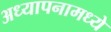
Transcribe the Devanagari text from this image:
अध्यापनामध्ये